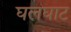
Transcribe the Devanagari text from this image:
घलघाट